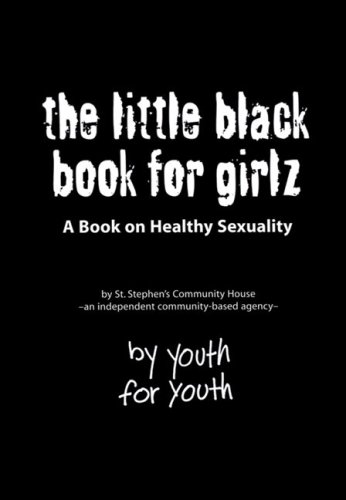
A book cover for The Little Black Book for Girlz: A Book on Healthy Sexuality; St. Stephen's Community House; Teen & Young Adult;